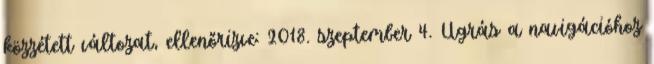
közzétett változat, ellenőrizve: 2018. szeptember 4. Ugrás a navigációhoz